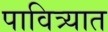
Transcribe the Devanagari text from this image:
पावित्र्यात